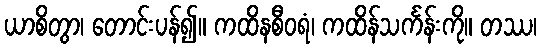
ယာစိတွာ၊ တောင်းပန်၍။ ကထိနစီဝရံ၊ ကထိန်သင်္ကန်းကို။ တဿ၊